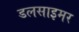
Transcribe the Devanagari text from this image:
डलसाइमर